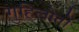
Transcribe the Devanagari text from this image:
गुहिलोतों